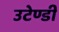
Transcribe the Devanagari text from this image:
उटेण्डी